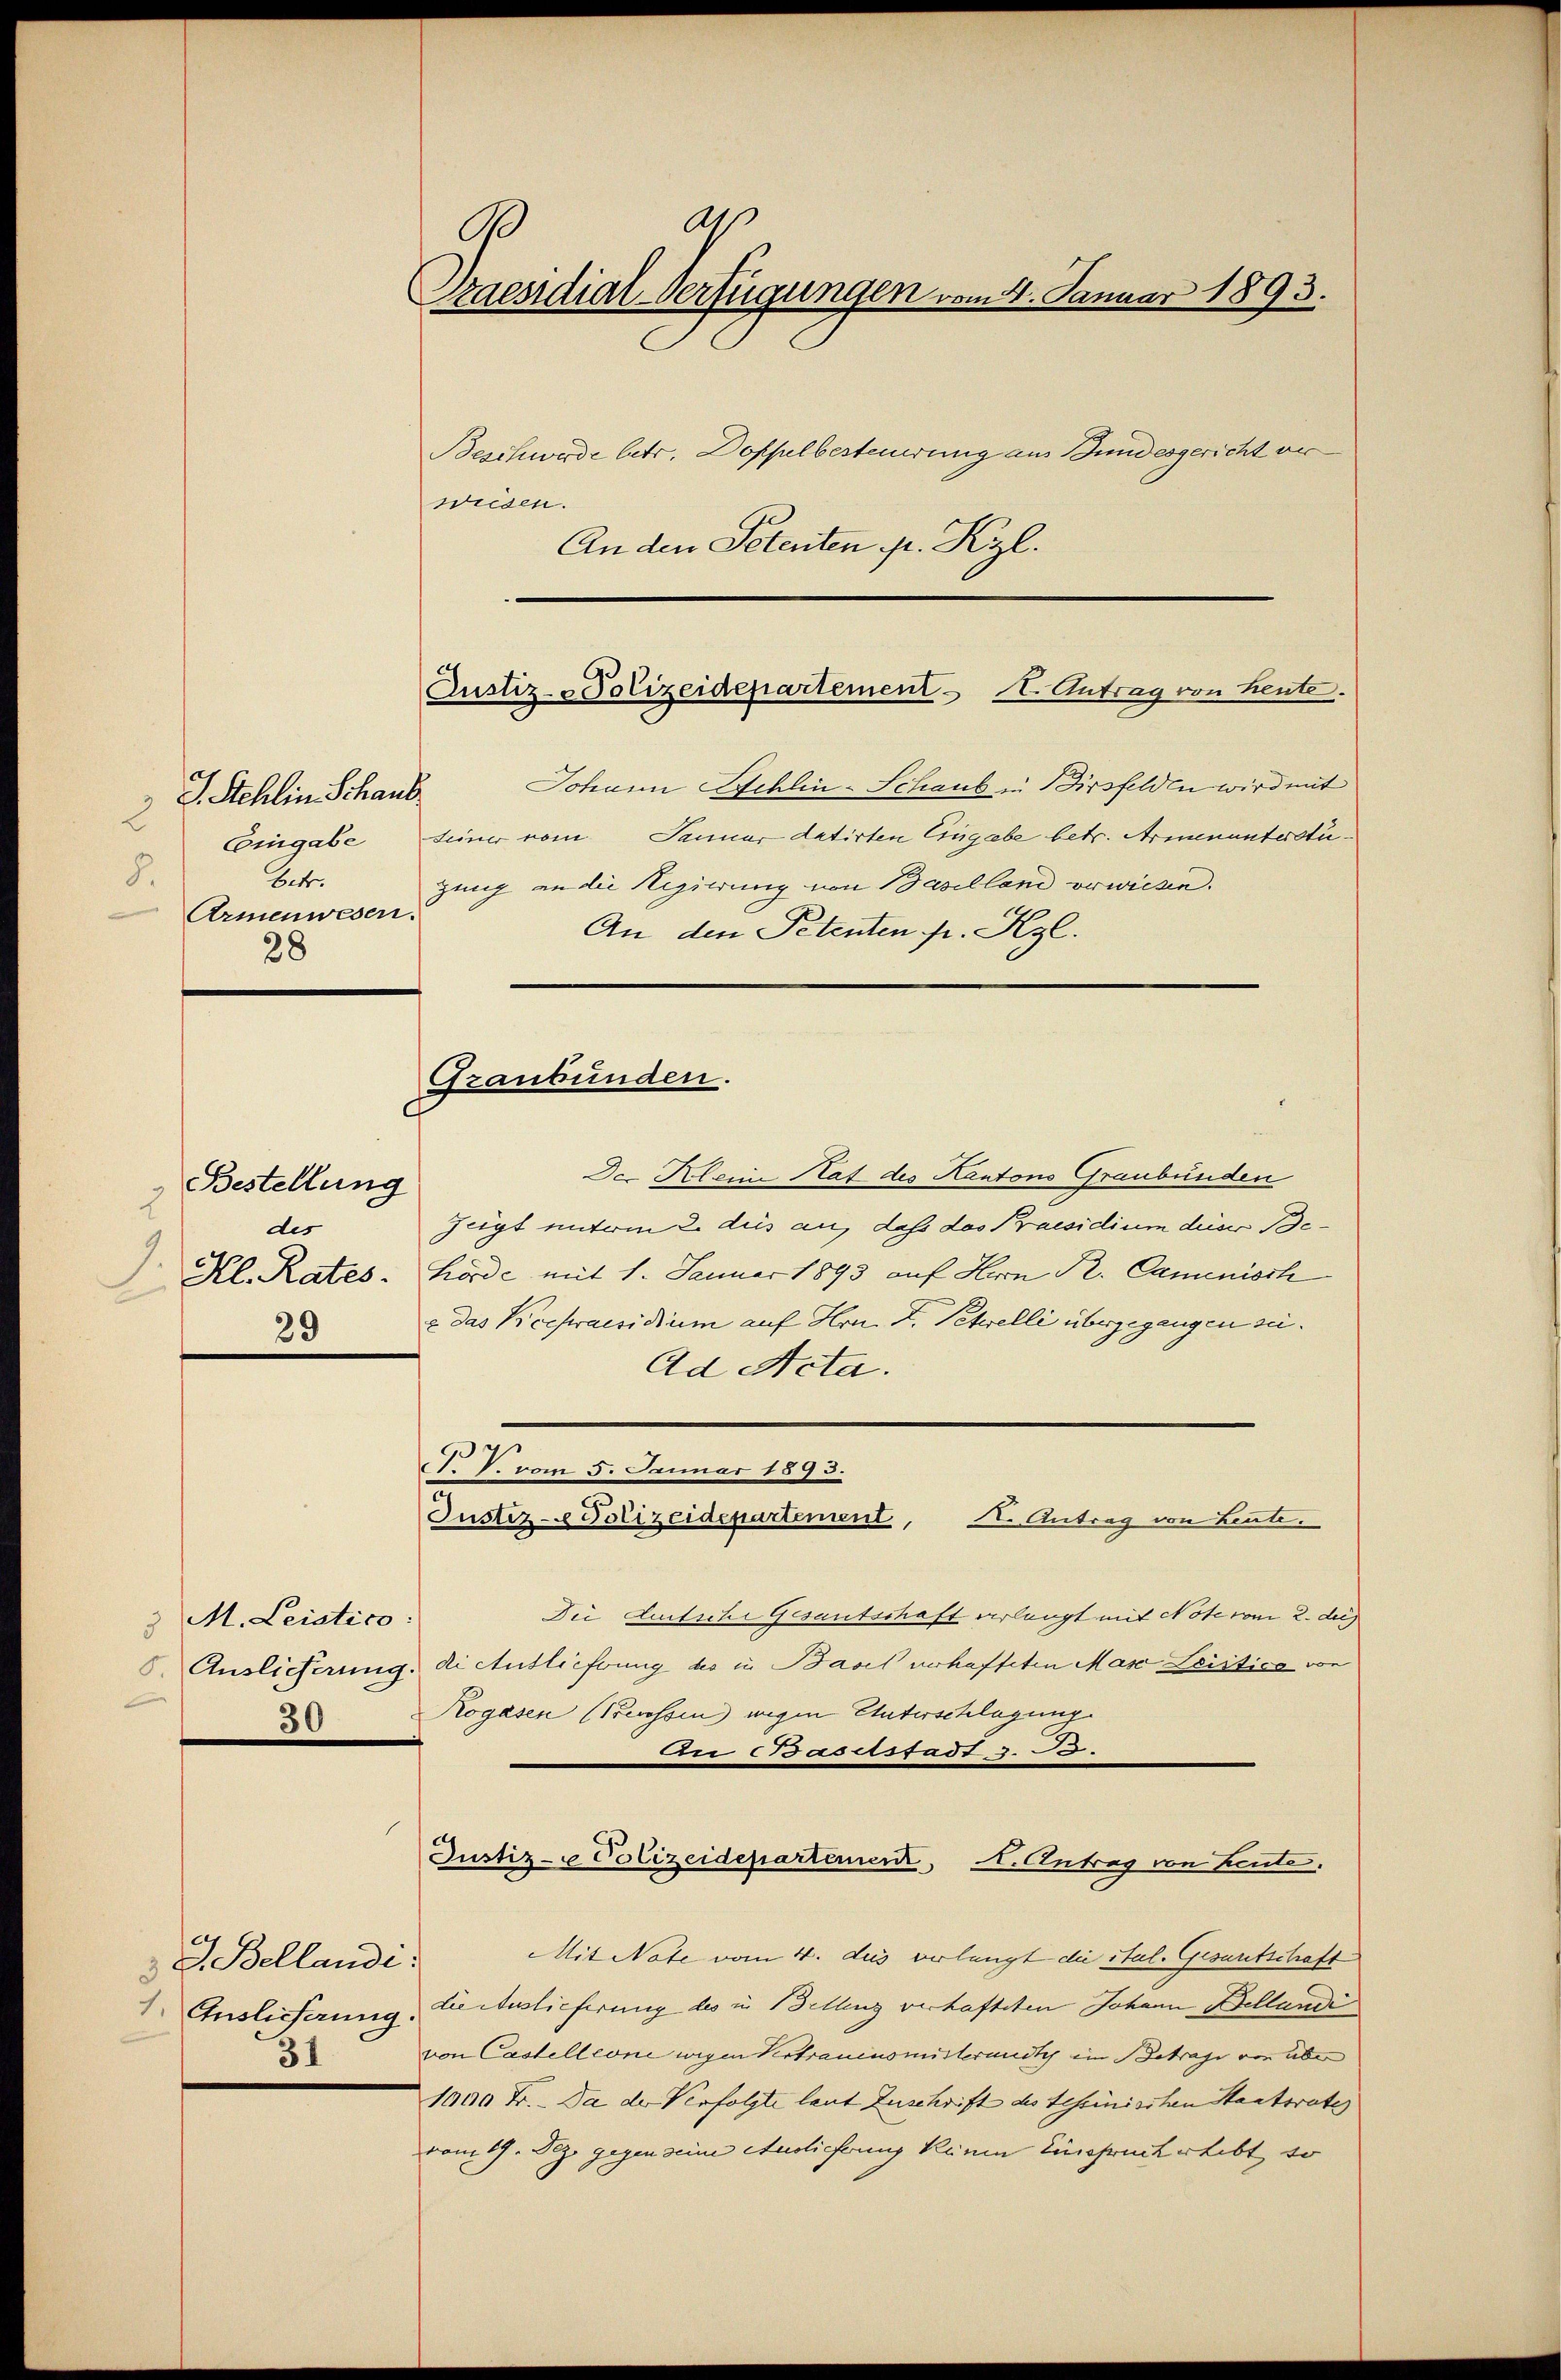
8.

2
Armenwesen.
28

J. Stehlin Schaus
betr.

A
9
Praesidial-Verfügungen vom 4. Januar 1893.
Beschwerde betr. Doppelbesteuerung aus Bundesgericht ver
weiden.
An den Petenten pr. Kzl.

Bestellung
2
des
.
Kl. Rates.
29

3 M. Leistico.
30

Johann Schlin-Schaub in Birsfelden wird mit
Eingabe seiner vom Januar datirten Eingabe betr. Armenunterstügung an die Regierung von Baselland erwiesen.
An den Petenten pr. Kzl.

3 S. Bellandi:
1 Auslieferung.
3)

Custiz-Polizeidepartement u. Antrag von heute.

Graubünden.

Der Klein Hat des Kantons Graubünden
Zeigt unterm 2. des an, dass das Praesidium dieser Behörde mit 1. Januar 1893 auf Herrn Pr. Caminisch
x das Vicepraesidium auf Hrn. F. Petwelli übergegangen sei.
Ad Acta.
P. V. vom 5. Januar 1893.
Justiz- Polizeidepartement, I. Antrag von Leute.
Dei Auitsche Gesantschaft verlangt mit Note vom 2. die
Auslicherung die Auslieferung des in Basel verhafteten Mas Spistica von
Kogasen (Becessin wegen Unterschlagung
An Basistadt z. S.
Justiz-Polizeidepartemen, A. Antrag von Leute.
Mit Nate vom 4. des verlangt die Stal. Gesuntschaft
die Auslieferung des in Bellenz verhafteten Johann Bellandi
von Castelleoni wegen Vertrauensmitterandte im Betrage von über
1000 Fr. - Da der Verfolgte laut Zuschrift des Tessinischen Staatsrate
vom 19. Dez. gegen seine Ausliefen keinen Einspruch erlebt, so